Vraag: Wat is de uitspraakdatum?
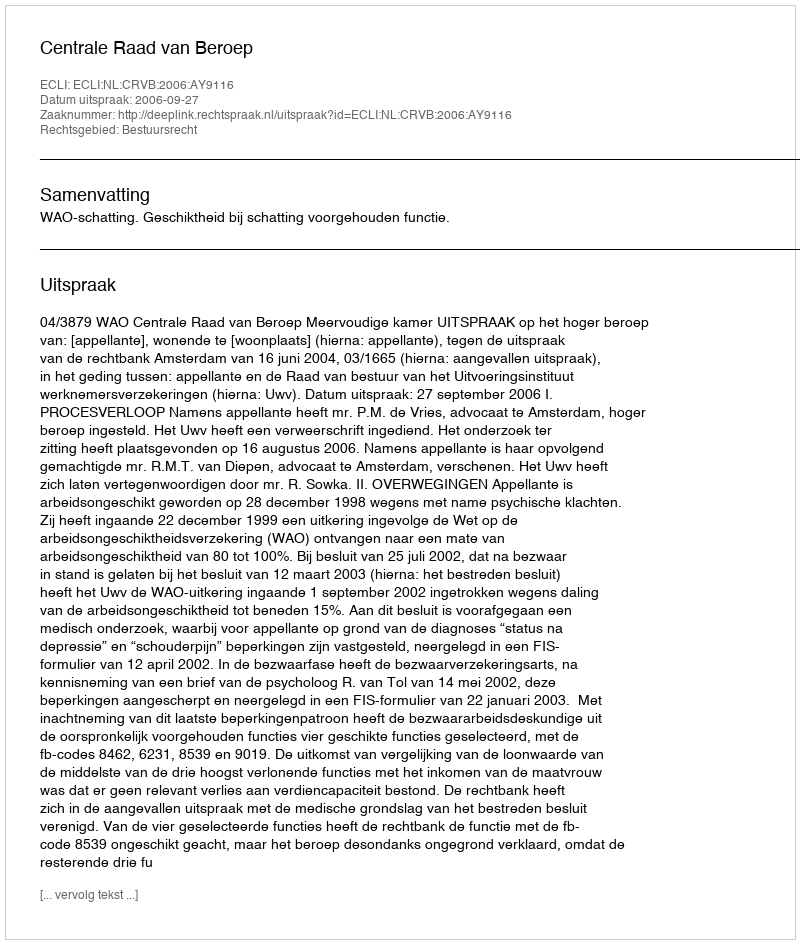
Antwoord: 2006-09-27